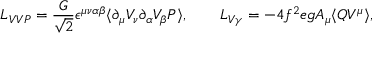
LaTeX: { \cal L } _ { V V P } = \frac { G } { \sqrt { 2 } } \epsilon ^ { \mu \nu \alpha \beta } \langle \partial _ { \mu } V _ { \nu } \partial _ { \alpha } V _ { \beta } P \rangle , \qquad { \cal L } _ { V \gamma } = - 4 f ^ { 2 } e g A _ { \mu } \langle Q V ^ { \mu } \rangle ,